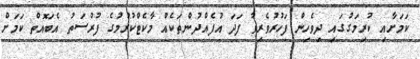
ކަމަށާއި ކުރިމަގުގައި ދިވެހިން ފަހުރުވެރިވާ ފަދަ އުފެއްދުންތަކެއް މާކެޓްކުރުުމުގެ ފުރުސަތު އެބައޮތް ކަމަށް